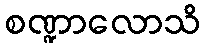
စဏ္ဍာလောသိ